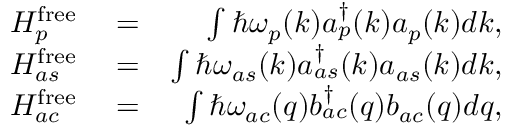
\begin{array} { r l r } { H _ { p } ^ { \mathrm { f r e e } } } & { { } = } & { \int \hbar \omega _ { p } ( k ) a _ { p } ^ { \dagger } ( k ) a _ { p } ( k ) d k , } \\ { H _ { a s } ^ { \mathrm { f r e e } } } & { { } = } & { \int \hbar \omega _ { a s } ( k ) a _ { a s } ^ { \dagger } ( k ) a _ { a s } ( k ) d k , } \\ { H _ { a c } ^ { \mathrm { f r e e } } } & { { } = } & { \int \hbar \omega _ { a c } ( q ) b _ { a c } ^ { \dagger } ( q ) b _ { a c } ( q ) d q , } \end{array}